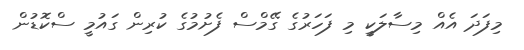
މިފަދަ އެއް މިސާލަކީ މި ފަހަރުގެ ގޭމްސް ފެށުމުގެ ކުރިން ގައުމީ ސްކޮޑުން